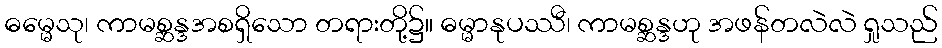
ဓမ္မေသု၊ ကာမစ္ဆန္ဒအစရှိသော တရားတို့၌။ ဓမ္မာနုပဿီ၊ ကာမစ္ဆန္ဒဟု အဖန်တလဲလဲ ရှုသည်